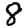
Digit: 8